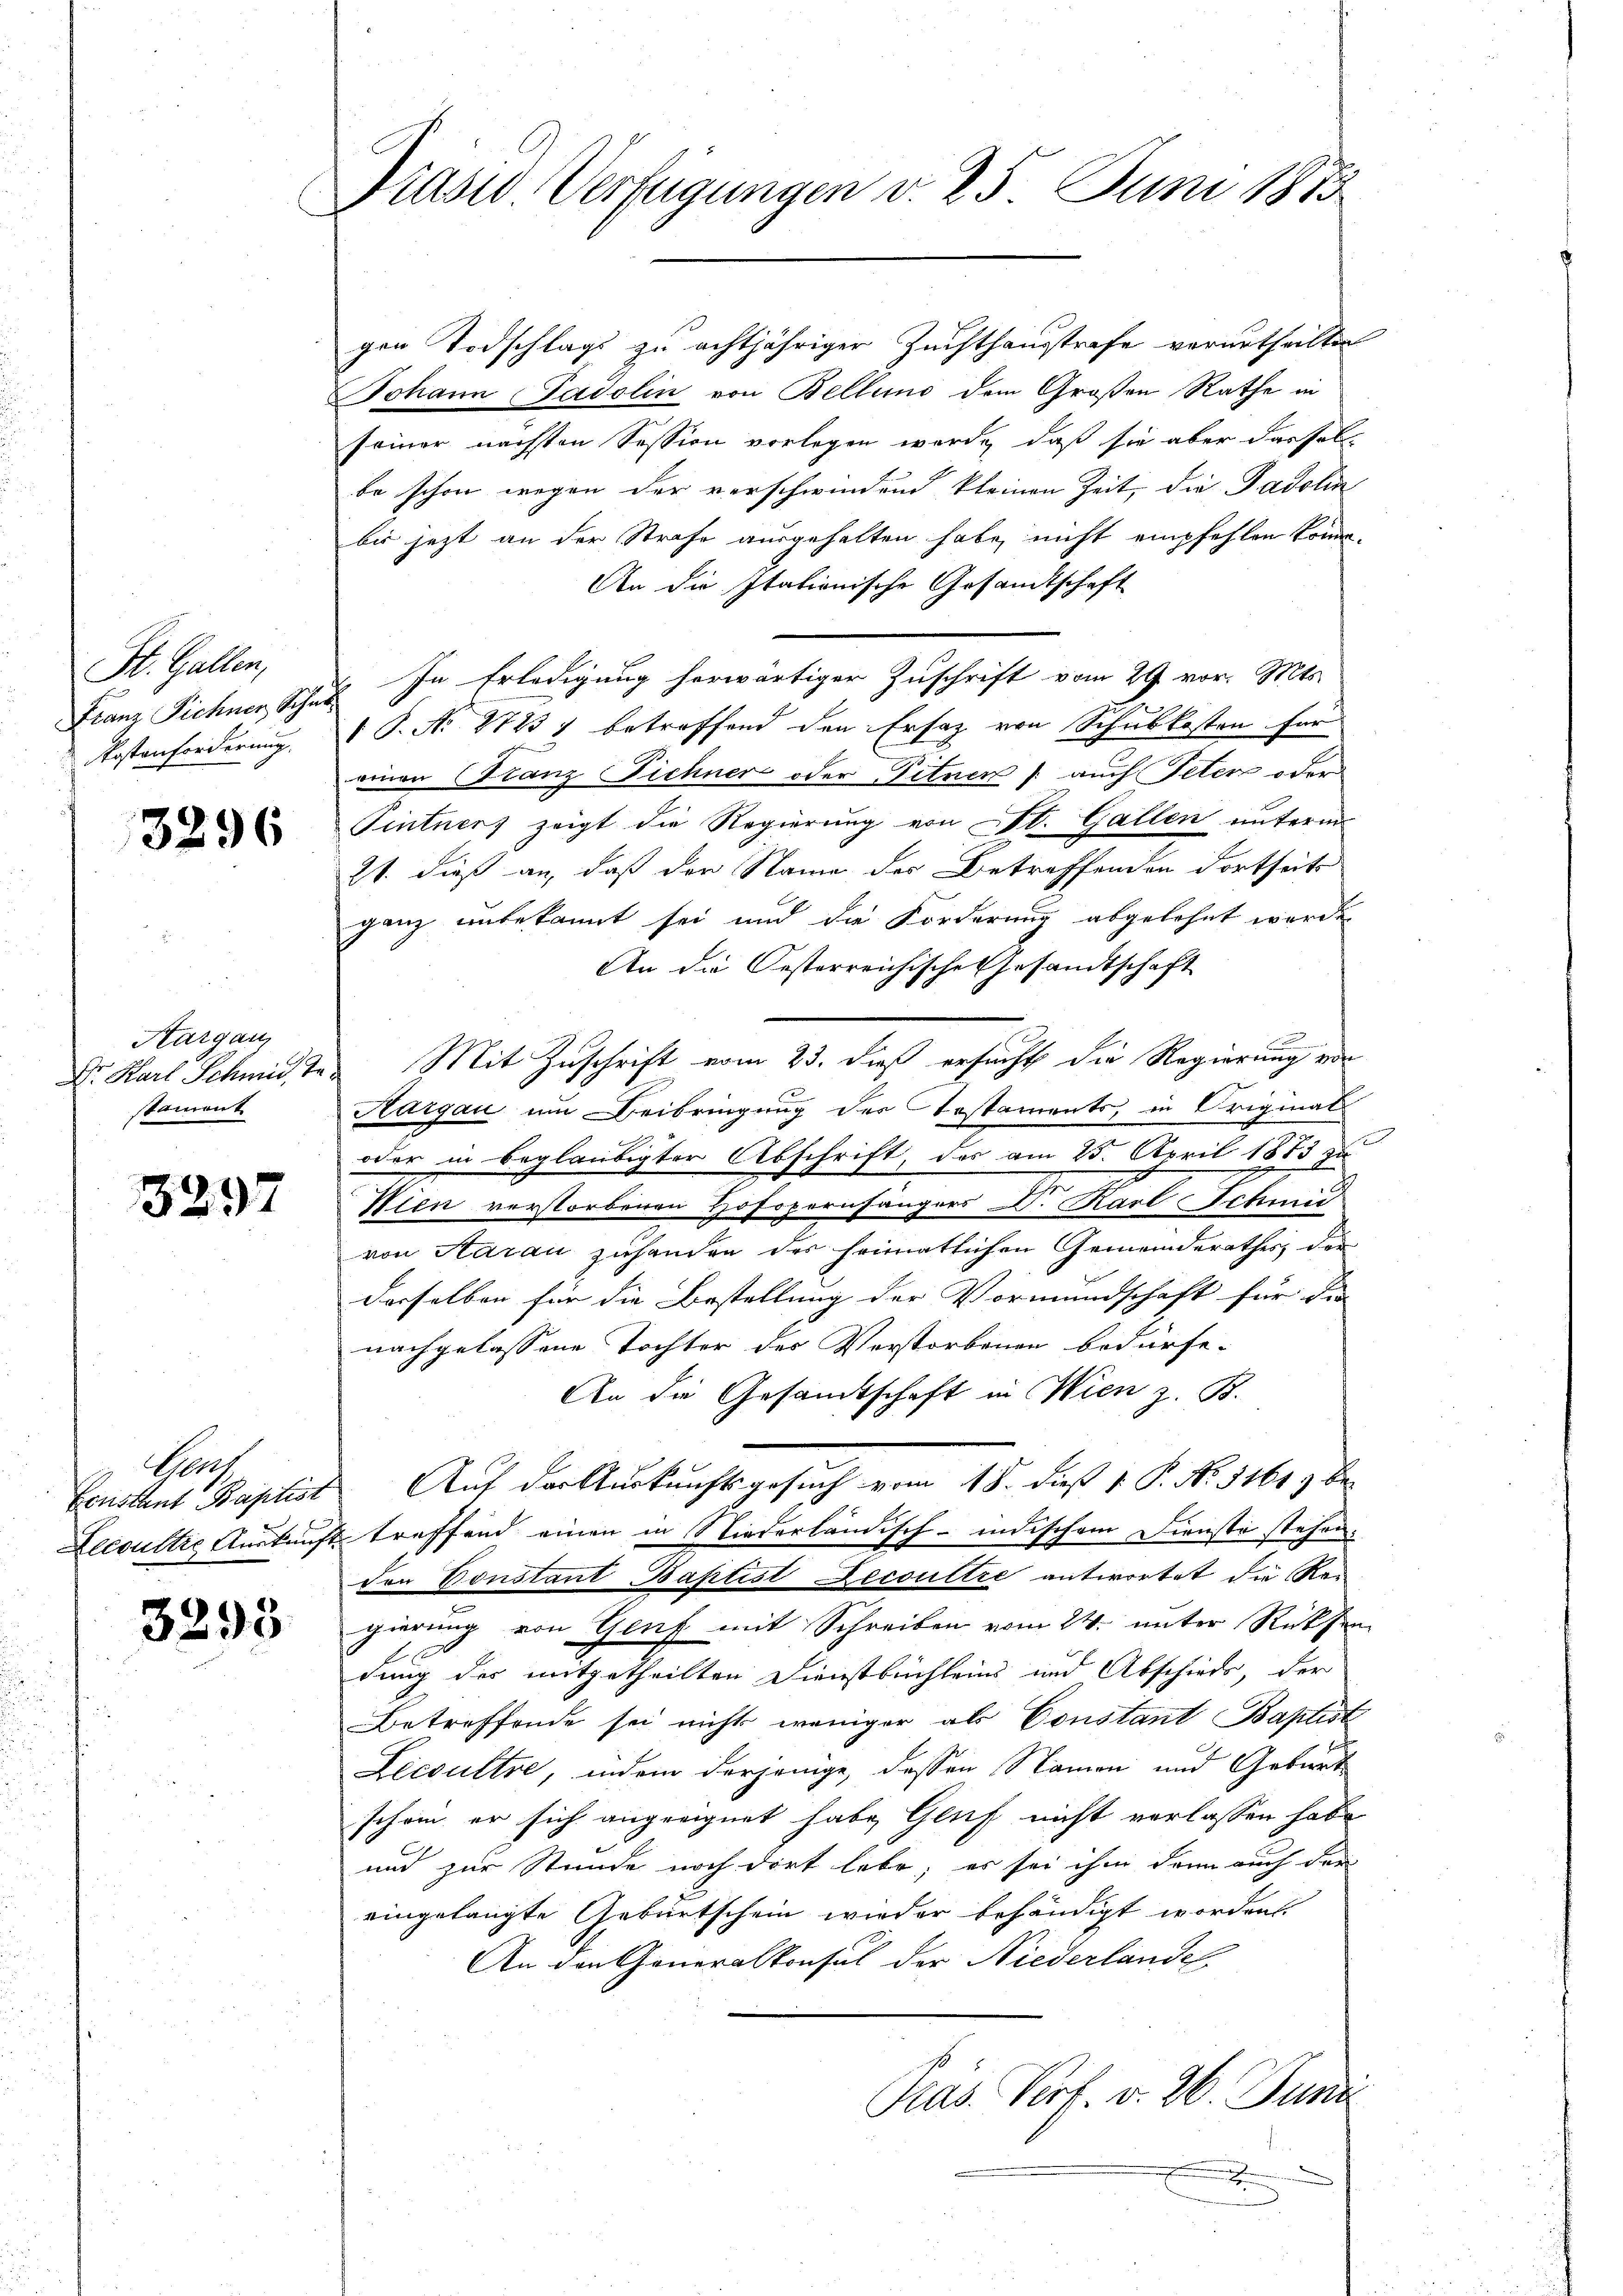
St. Gallen,
Franz Pichner, Schn
Kostenforderung.

3296

Aargau
stament

3297

Ges

3295

Prasw. Verfügungen d. 25. Juni 1875

gen Todschlags zu achtjähriger Zuchthausstrafe verurtheilten
Johann Padolin von Bellung dem Großen Rathe in
seiner nächsten Session vorlegen werde, daß sie aber dassel
be schon wegen der verschwindend kleinen Zeit, die Gadolin
bis jetzt an der Strafe ausgehalten habe, nicht empfehlen könne.
An die stationische Gesandtschaft
In Erledigung herwärtiger Zuschrift vom 29. vor. Mts.
 P. N. 2723) betreffend den Ersatz von Schubkosten für
einen Franz Fichner oder Titner /: auch Peten oder
Pintners zeigt die Regierung von St. Gallen unterm
21. dieß an, daß der Name des Betreffenden dortseits
ganz unbekannt sei und die Forderung abgelehnt werde.
An die Oesterreichische Gesandtschaft
1
Dr. Karl Schmid des Mit Zuschrift vom 23. dieß ersucht die Regierung von
Hargau um Beibringung des Kostaments, in Originat
oder in beglaubigter Abschrift, des am 25. April 1873 zu
Wien verstorbenen Hofspornsängers Dr. Karl Schmid
von Aarau zuhanden des heimatlichen Gemeinderathes, der
derselben für die Bestellung der Vormundschaft für die |
nachgelassene Tochter des Verstorbenen bedürfe.
An die Gesamtschaft in Wien z. B.
Ernsthent Baptist Auf der Auskunftsgesuch vom 18. dieß 1. P. No. 3161) be¬
Leesultre Auskunft treffend einen in Niederländisch-indischem Dienste stehen.
den Bonstant Baptist Decoultre antwortet die Rei
gierung von Genf mit Schreiben vom 24. unter Rücksen
dung des mitgetheilten Dienstbuchleins und Abschieds, der
Betreffende sei nicht weniger als Constant Baptist
Lecsültre, indem derjenige, dessen Namen und Gebiert
schon er sich angeeignet habe, Genf nicht verlassen habe
und zur Stunde noch dort lebe; es sei ihm dann auch der
eingelangte Geburtschein wieder behändigt worden.
An den Generalkonsul der Niederlandel
Präs. Verf. v. 26. Juni
.